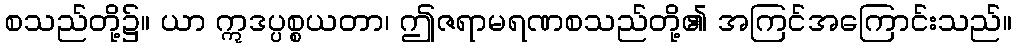
စသည်တို့၌။ ယာ ဣဒပ္ပစ္စယတာ၊ ဤဇရာမရဏစသည်တို့၏ အကြင်အကြောင်းသည်။